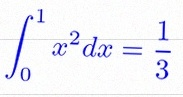
\int_0^1 x^2dx=\frac13